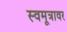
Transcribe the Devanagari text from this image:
स्वमूत्रावर